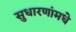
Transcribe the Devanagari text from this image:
सुधारणांमधे